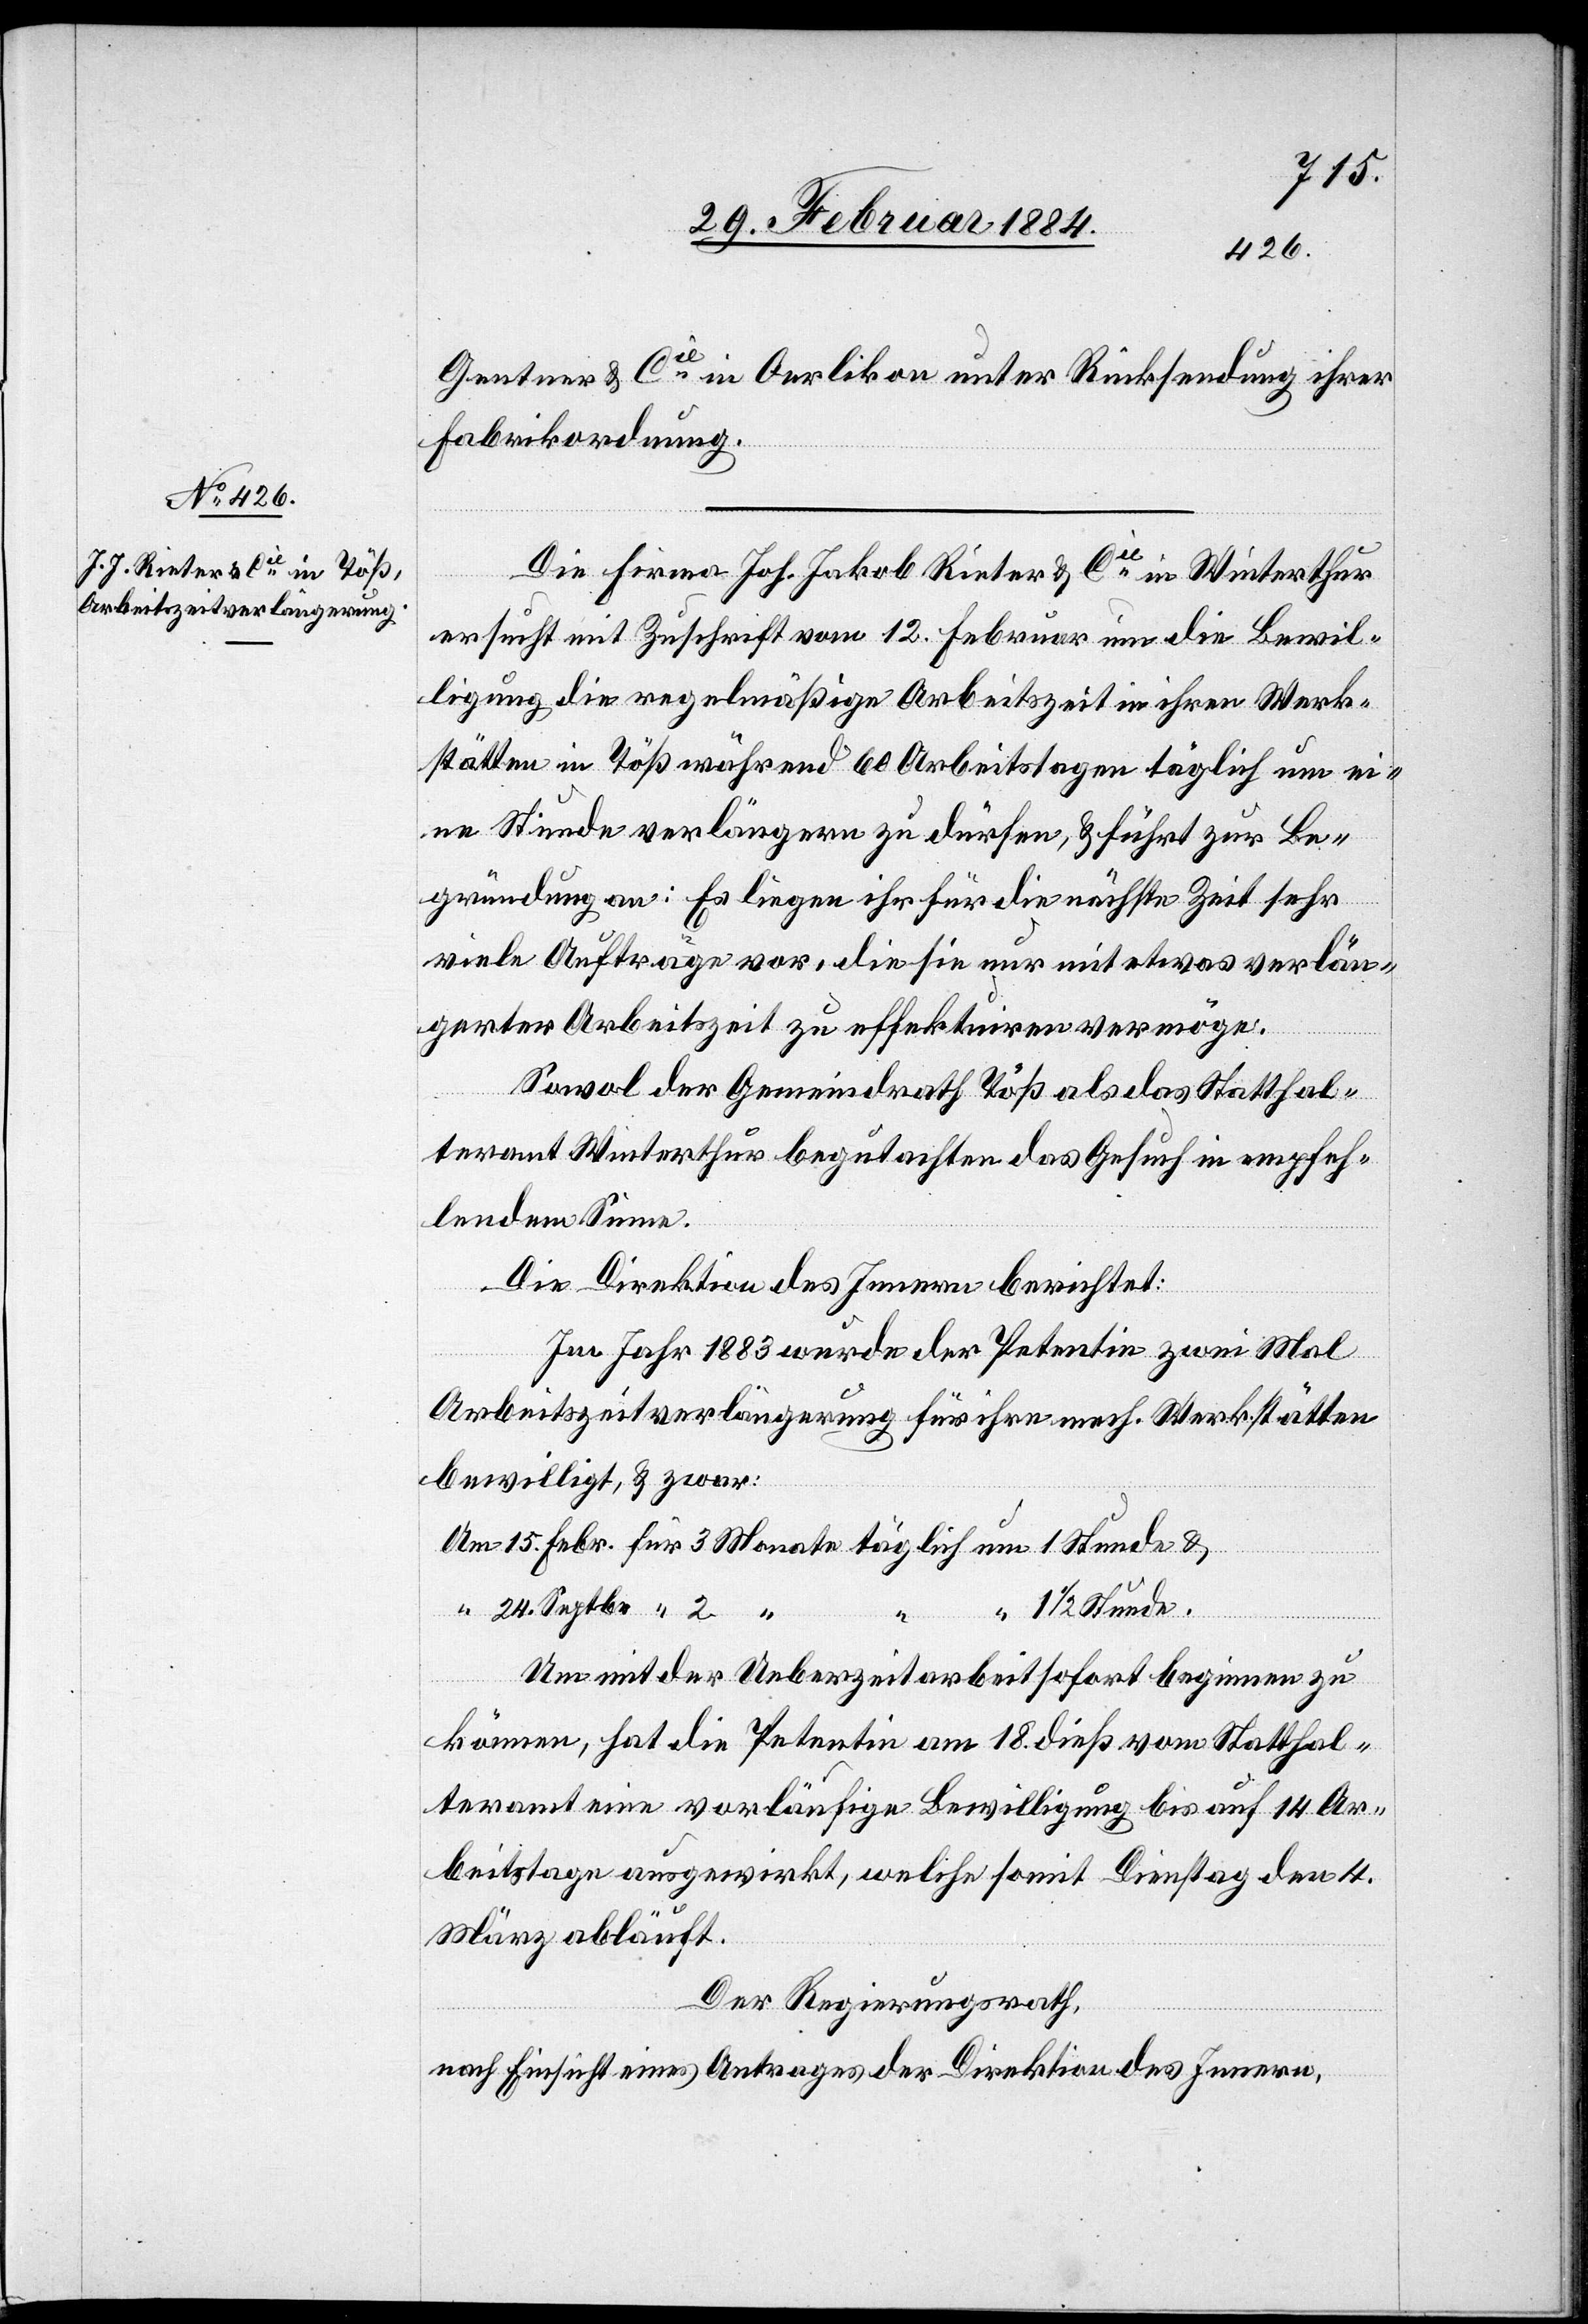
24.
Gentner & Cie in Oerlikon unter Rücksendung ihrer
Fabrikordnung.
Die Firma Joh. Jakob Rieter & Cie in Winterthur
ersucht mit Zuschrift vom 12. Februar um die Bewil¬
ligung die regelmäßige Arbeitszeit in ihren Werk¬
stätten in Töß während 60 Arbeitstagen täglich um ei¬
ne Stunde verlängern zu dürfen, & führt zur Be¬
gründung an: Es liegen ihr für die nächste Zeit sehr
viele Aufträge vor, die sie nur mit etwas verlän¬
gerter Arbeitszeit zu effektuiren vermöge.
Septbr.
Sowohl der Gemeindrath Töß als das Statthal¬
teramt Winterthur begutachten das Gesuch in empfeh¬
lendem Sinne.
Die Direktion des Innern berichtet:
Im Jahr 1883 wurde der Petentin zwei Mal
Arbeitszeitverlängerung für ihre mech. Werkstätten
bewilligt, & zwar:
1 Stunde
1
Um mit der Ueberzeitarbeit sofort beginnen zu
können, hat die Petentin am 18. dieß vom Statthal¬
teramt eine vorläufige Bewilligung bis auf 14 Ar¬
beitstage ausgewirkt, welche somit Dienstag den 4.
März abläuft.
Der Regierungsrath,
nach Einsicht eines Antrages der Direktion des Innern,